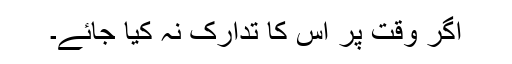
اگر وقت پر اس کا تدارک نہ کیا جائے۔